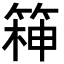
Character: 𮅧